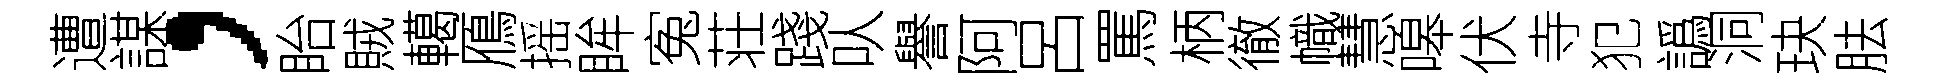
遭謀，眙賊轕鴈摇眸寃荘踐㕥譽阿呂罵柄徹幟慧嗥伏寺犯譌洞玦胠